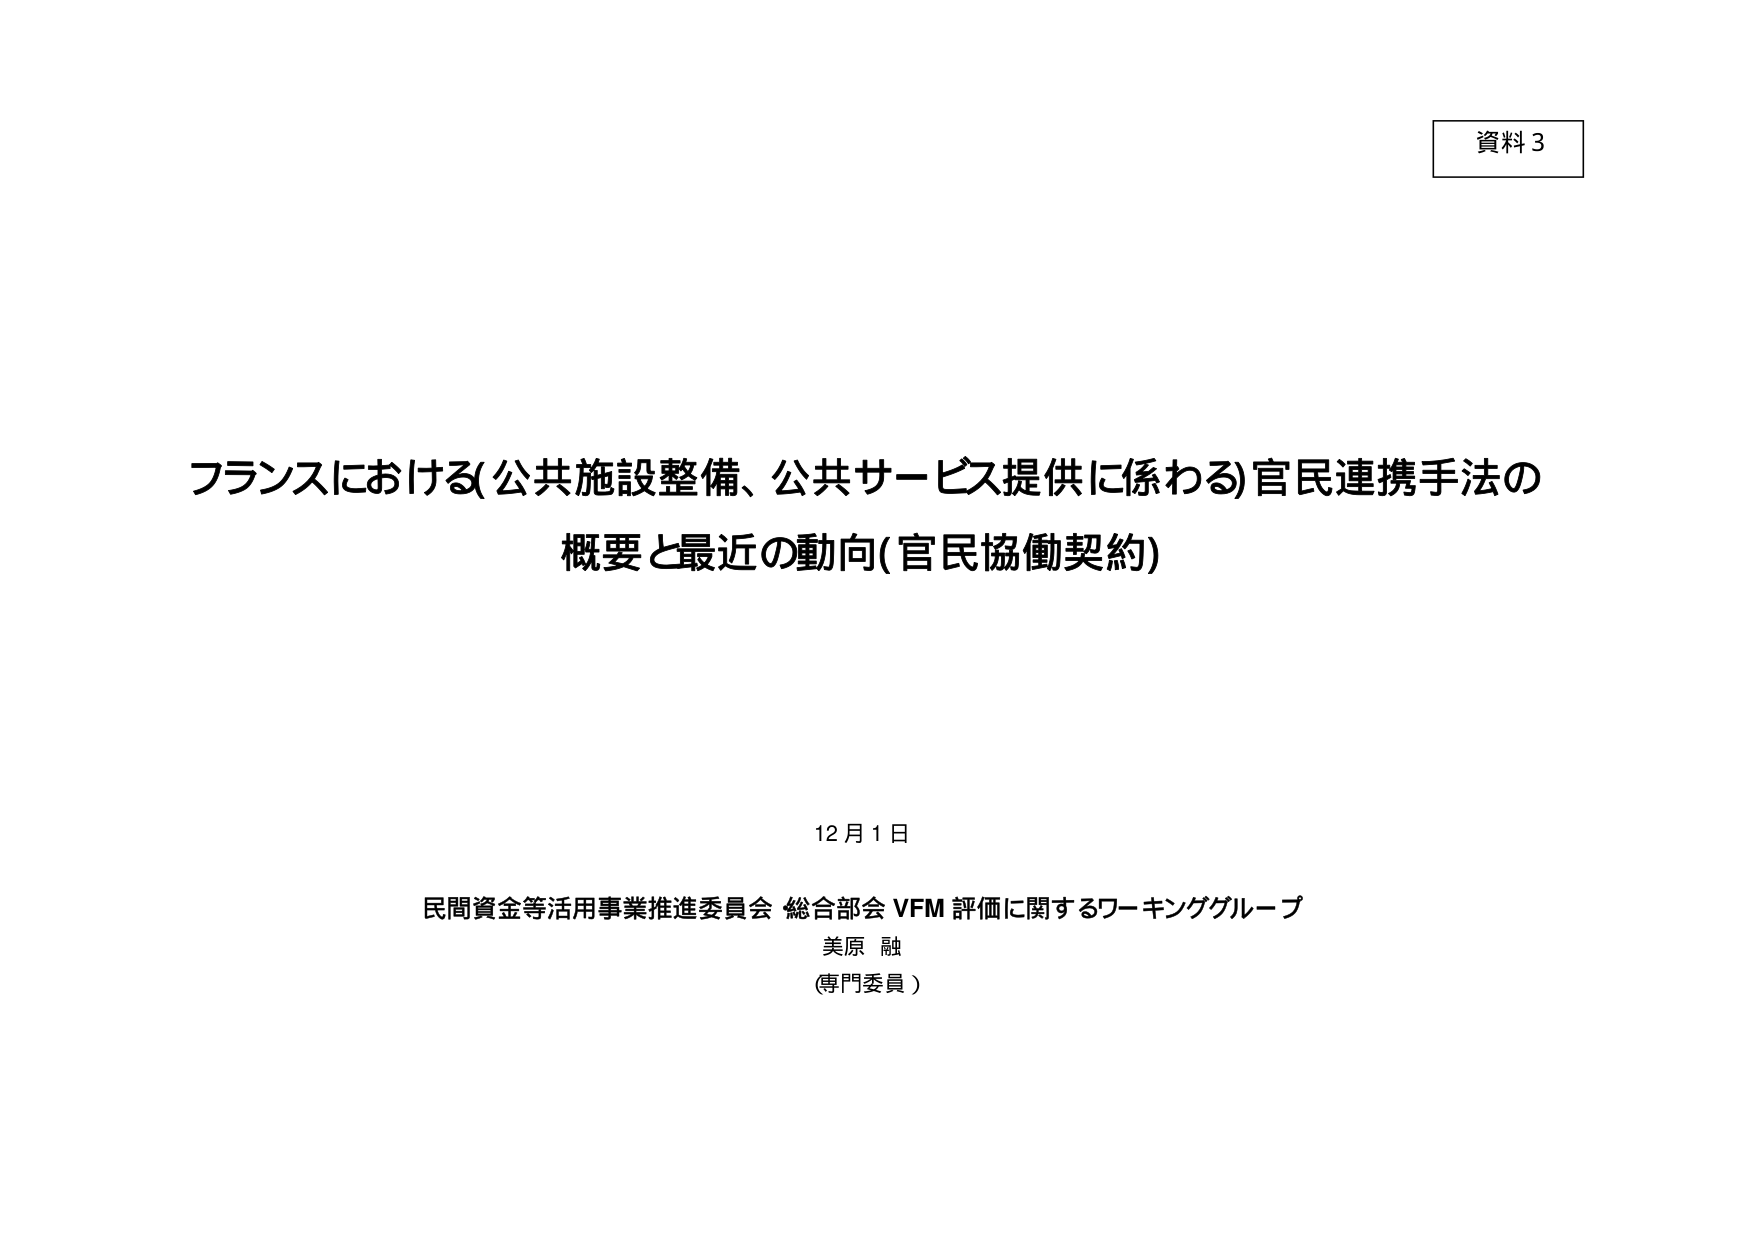
資料3

フランスにおける(公共施設整備、公共サービス提供に係わる)官民連携手法の
概要と最近の動向(官民協働契約)

12月1日

民間資金等活用事業推進委員会 総合部会 VFM 評価に関するワーキンググループ
美原 融
(専門委員)